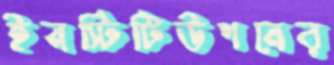
ইনস্টিটিউশনের